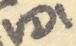
Text: VD1